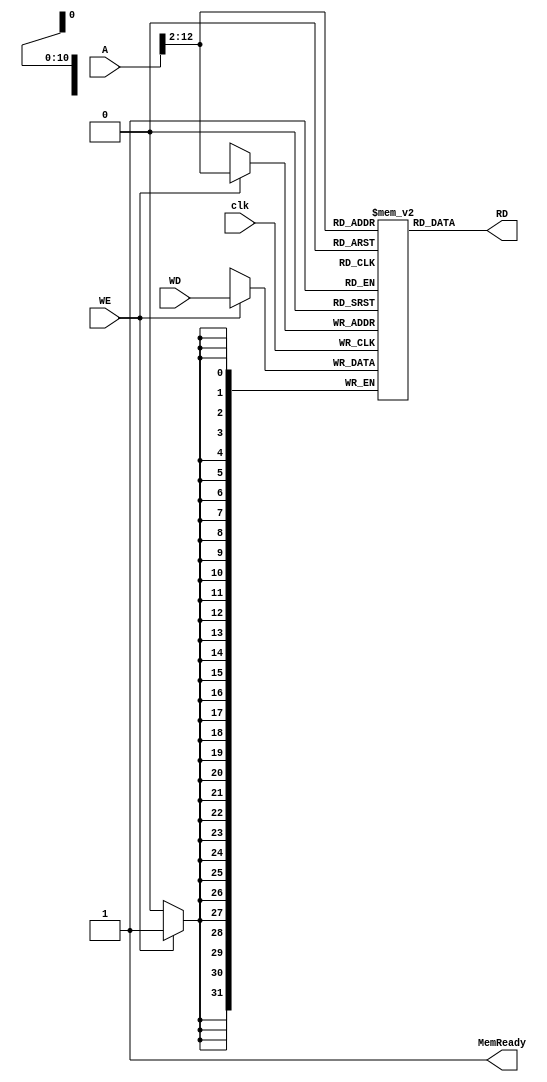
`timescale 1ns / 1ps

module dmem(
	input clk,
	input WE,
	input [31:0] A,
	input [31:0] WD,
	output wire [31:0] RD,
	output wire MemReady
    );


reg [31:0] RAM[1024:0];
	 
assign RD = RAM[A[31:2]];
assign MemReady = 1'b1;

always @ (posedge clk)
begin
    if(WE)
        RAM[A[31:2]] <= WD;
end

endmodule